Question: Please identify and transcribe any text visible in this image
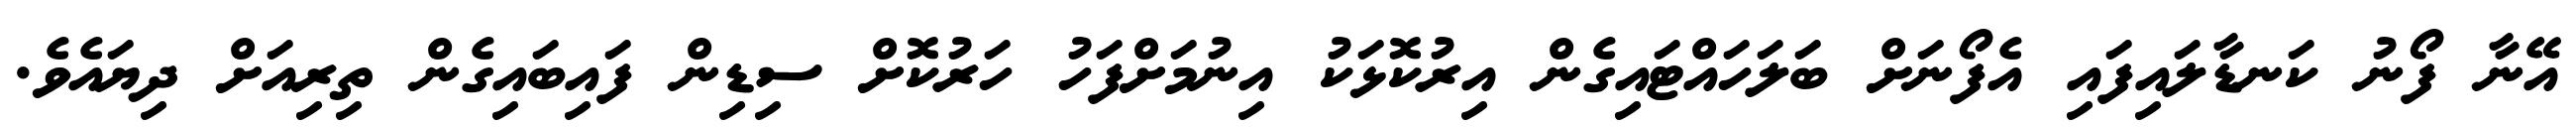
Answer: އޭނާ ފޯނު ކަނޑާލައިފައި އެފޯނަށް ބަލަހައްޓައިގެން އިރުކޮޅަކު އިނުމަށްފަހު ހަރުކޮށް ސިޑިން ފައިބައިގެން ތިރިއަށް ދިޔައެވެ.